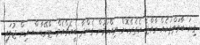
ގިނަ ބާވަތްތަކެއް ރާއްޖެ އެތެރެކޮށް ވިއްކަމުން ގެންދާ ބީއެޗްއެމް ޓްރޭޑާސް އިން ޖުލައި